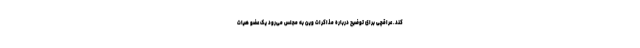
کند. عراقچی برای توضیح درباره مذاکرات وین به مجلس می‌رود یک عضو هیات